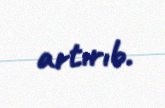
artırıb.